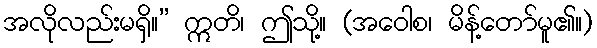
အလိုလည်းမရှိ။” ဣတိ၊ ဤသို့။ (အဝေါစ၊ မိန့်တော်မူ၏။)